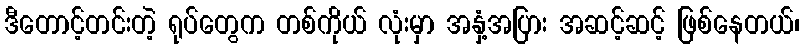
ဒီတောင့်တင်းတဲ့ ရုပ်တွေက တစ်ကိုယ် လုံးမှာ အနှံ့အပြား အဆင့်ဆင့် ဖြစ်နေတယ်၊